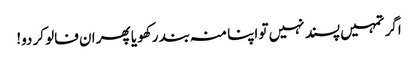
اگر تمہیں پسند نہیں تو اپنا منہ بند رکھو یا پھر ان فالو کر دو!